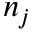
n _ { j }